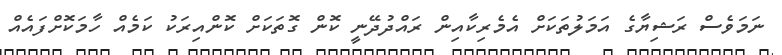
ނަމަވެސް ރަޝިޔާގެ އަމަލުތަކަށް އެމެރިކާއިން ރައްދުދޭނީ ކޮން ގޮތަކަށް ކޮންއިރަކު ކަމެއް ހާމަކޮށްފައެއް